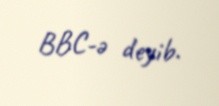
BBC-ə deyib.